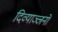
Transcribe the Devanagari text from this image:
दिव्याञ्जनों